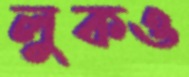
লুকও